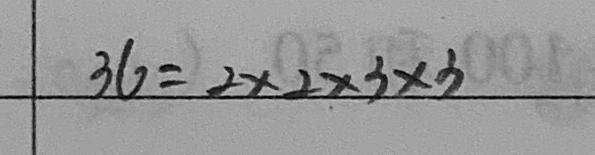
3 6 = 2 \times 2 \times 3 \times 3